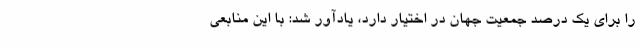
را برای یک درصد جمعیت جهان در اختیار دارد، یادآور شد: با این منابعی